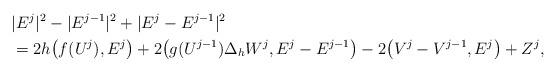
LaTeX: \begin{align*} & |E^j|^2 - |E^{j-1}|^2 + |E^j-E^{j-1}|^2\\ &= 2h \big( f(U^j), E^j \big) + 2 \big( g(U^{j-1})\Delta_h W^{j} , E^j - E^{j-1} \big) -2 \big( V^j - V^{j-1}, E^j \big) + Z^j, \end{align*}